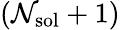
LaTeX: (\mathcal{N}_{\mathrm{{sol}}}+1)